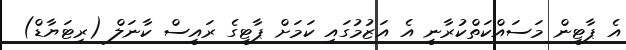
އެ ޕާޓީން މަަސައްކަތްކުރާނީ އެ އަޒުމުގައި ކަމަށް ޕާޓީގެ ރައީސް ކާނަލް (ރިޓަޔާޑް)